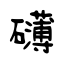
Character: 礴